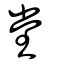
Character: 堂